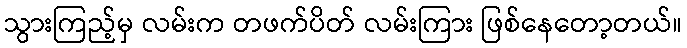
သွားကြည့်မှ လမ်းက တဖက်ပိတ် လမ်းကြား ဖြစ်နေတော့တယ်။